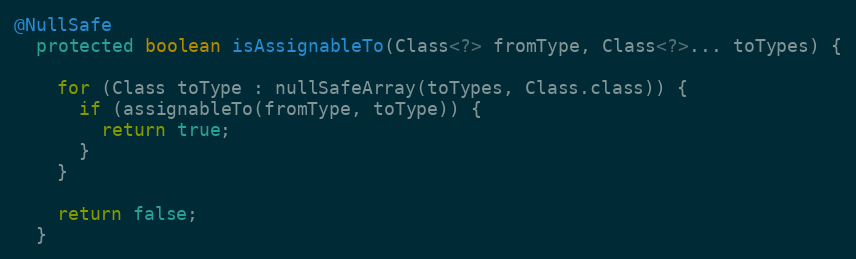
Language: Java
@NullSafe
  protected boolean isAssignableTo(Class<?> fromType, Class<?>... toTypes) {

    for (Class toType : nullSafeArray(toTypes, Class.class)) {
      if (assignableTo(fromType, toType)) {
        return true;
      }
    }

    return false;
  }